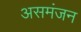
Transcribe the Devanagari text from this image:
असमंजन